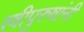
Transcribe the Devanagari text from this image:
स्त्रीपुरुषांनी